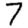
Digit: 7